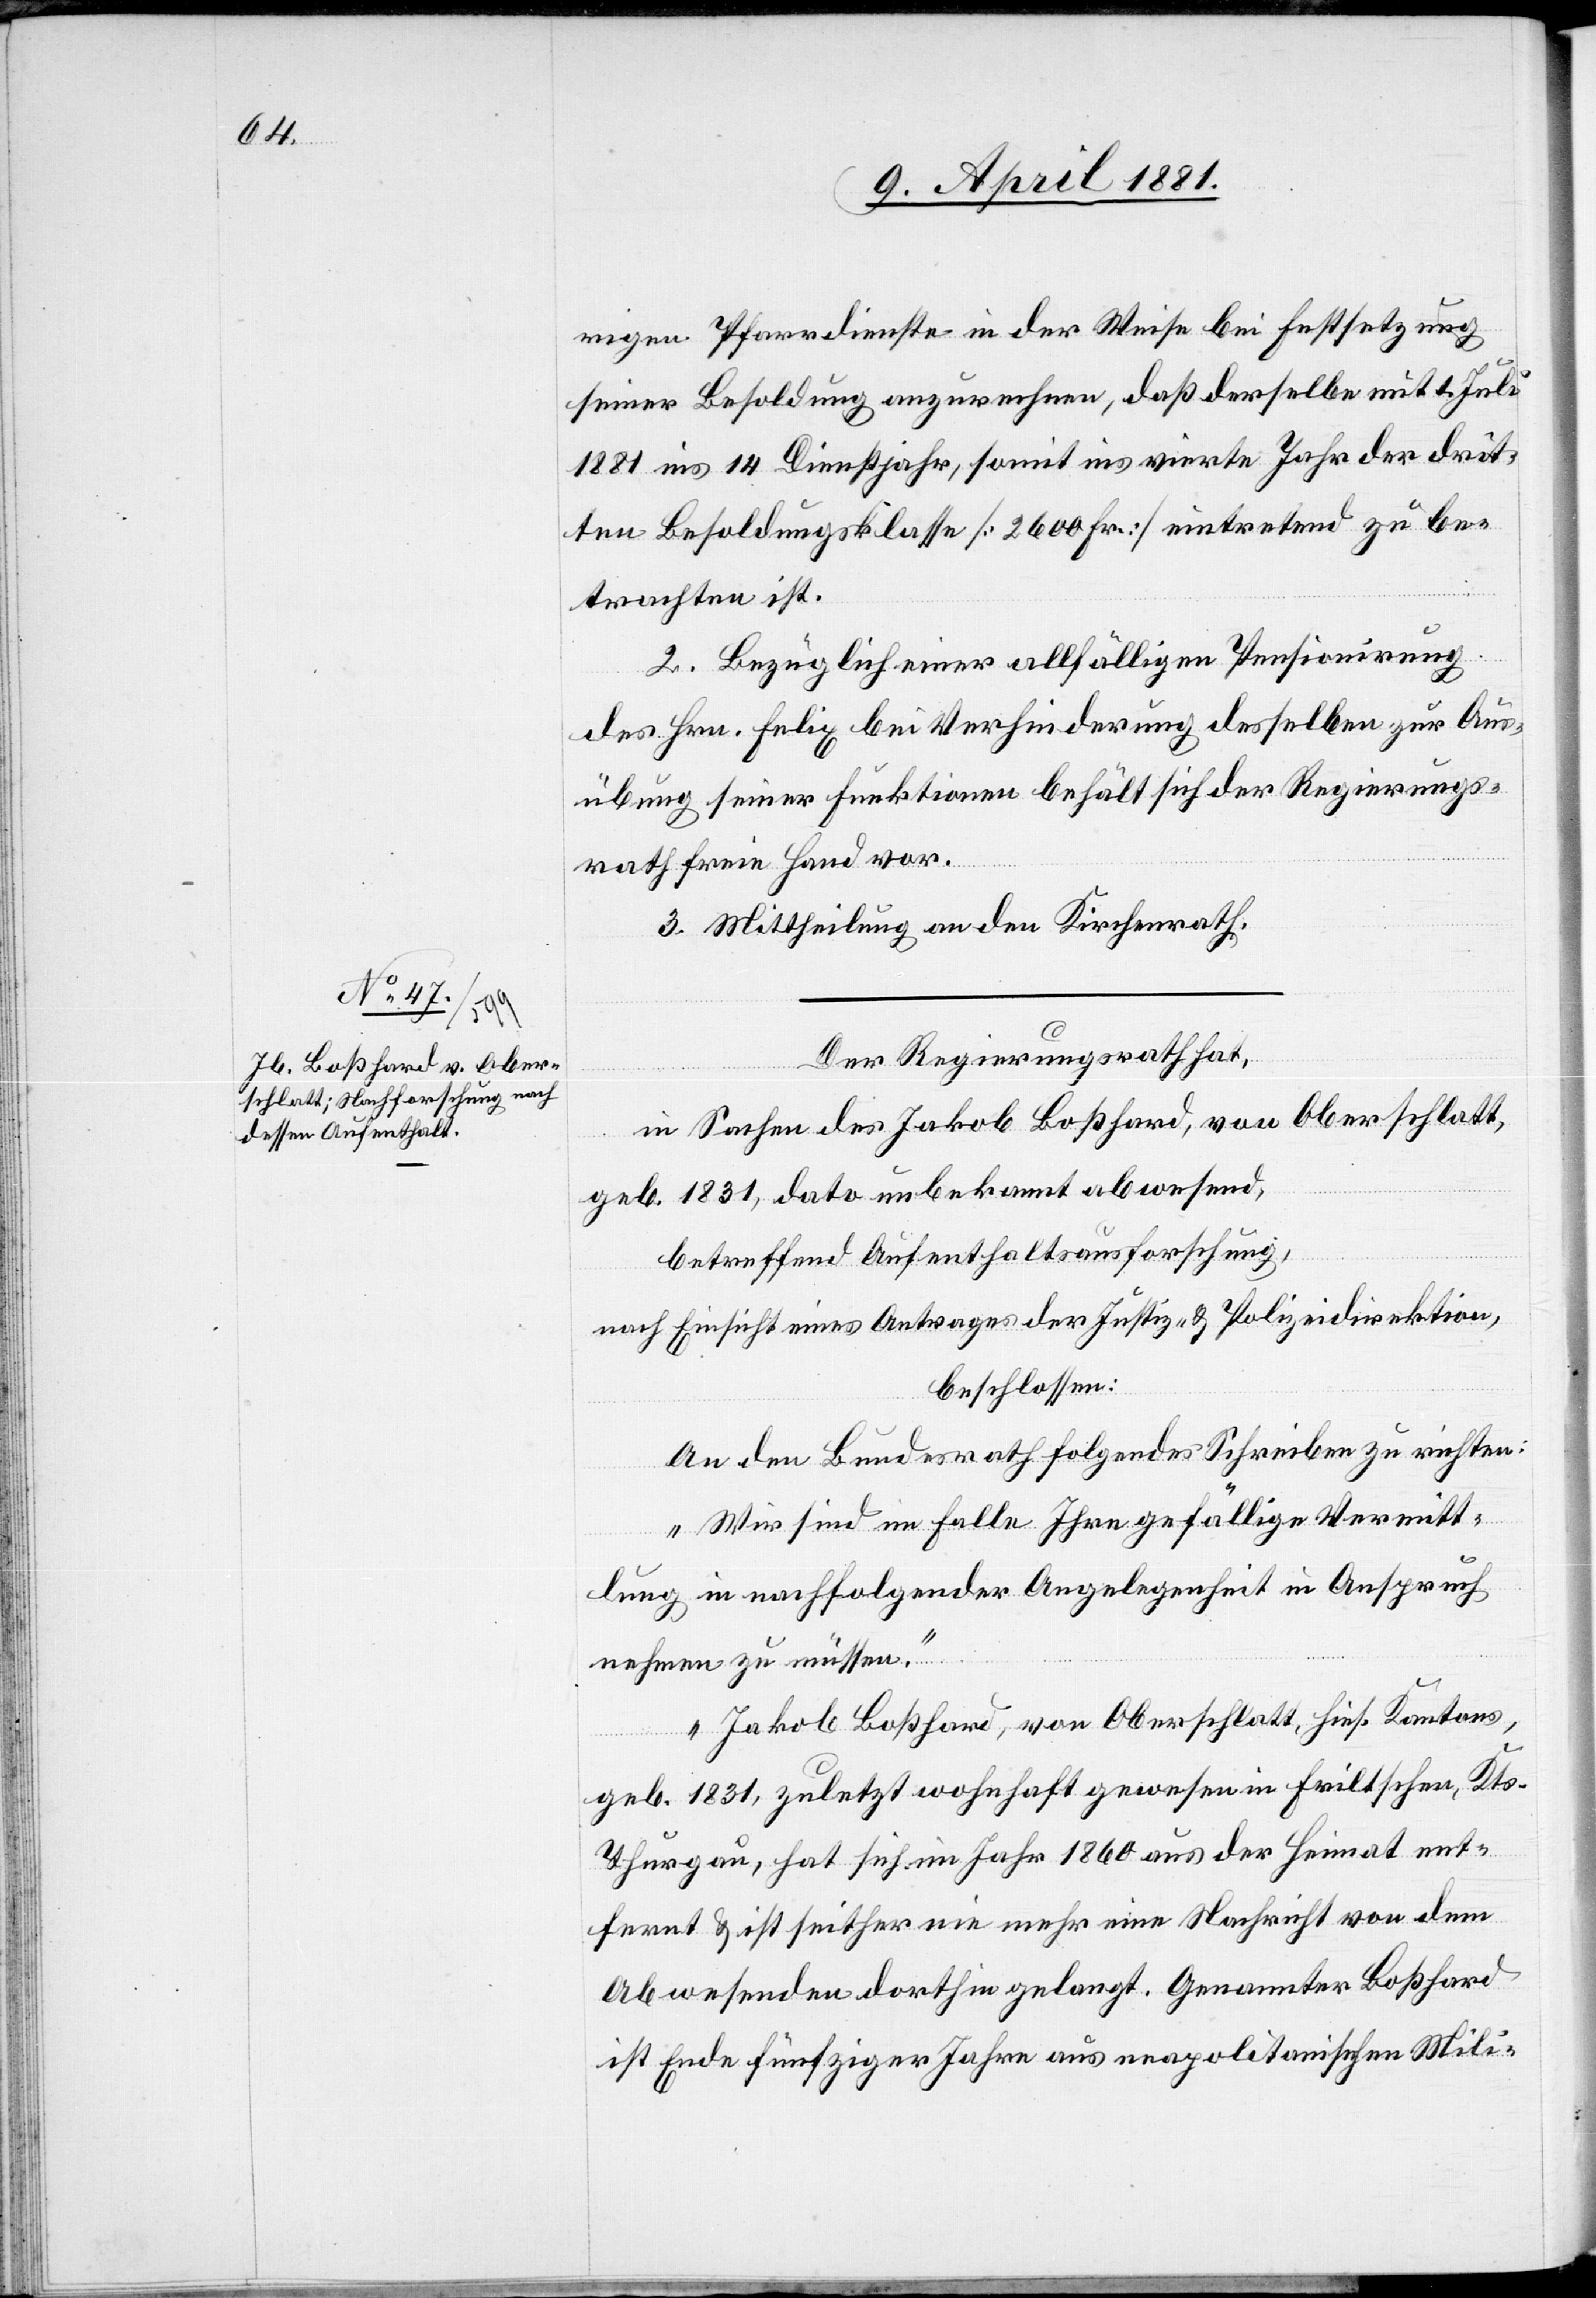
rigen Pfarrdienste in der Weise bei Festsetzung
seiner Besoldung anzurechnen, daß derselbe mit 1. Juli
1881 ins 14 Dienstjahr, somit ins vierte Jahr der drit¬
ten Besoldungsklasse [2600 Fr.] eintretend zu be¬
trachten ist.
2. Bezüglich einer allfälligen Pensionirung
des Hrn. Felix bei Verhinderung desselben zur Aus¬
übung seiner Funktionen behält sich der Regierungs¬
rath freie Hand vor.
3. Mittheilung an den Kirchenrath.
Der Regierungsrath hat,
in Sachen des Jakob Boßhard, von Oberschlatt,
geb. 1831, dato unbekannt abwesend,
betreffend Aufenthaltsausforschung,
nach Einsicht eines Antrages der Justiz- & Polizeidirektion,
beschlossen:
An den Bundesrath folgendes Schreiben zu richten:
„Wir sind im Falle Ihre gefällige Vermitt¬
lung in nachfolgender Angelegenheit in Anspruch
nehmen zu müssen.
Jakob Boßhard, von Oberschlatt, hies. Kantons,
geb. 1831, zuletzt wohnhaft gewesen in Friltschen, Kts.
Thurgau, hat sich im Jahre 1860 aus der Heimat ent¬
fernt & ist seither nie mehr eine Nachricht von dem
Abwesenden dorthin gelangt. Genannter Boßhard
ist Ende fünfziger Jahre aus neapolitanischen Mili-